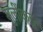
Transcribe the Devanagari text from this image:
मुलींकडून